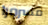
مسرورا